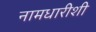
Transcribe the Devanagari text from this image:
नामधारीशी